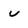
Character: v